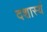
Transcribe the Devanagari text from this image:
दशास्यं